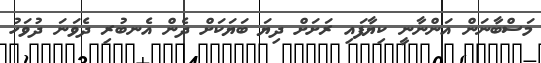
މަސްބާނަން އަންނާނީ ކިޔާފައި ރަށަށް ދިޔަ ބަޔަކަށް ދެން އެނބުރި ދެވަނަ ދުވަހު